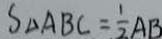
S _ { \Delta A B C } = \frac { 1 } { 2 } A B